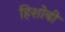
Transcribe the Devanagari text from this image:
हिशोबी